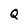
Character: Q